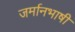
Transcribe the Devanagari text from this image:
जर्मानभाषी